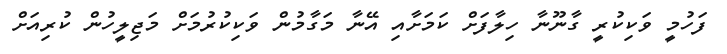
ފަހުމީ ވަކިކުރީ ގާނޫނާ ހިލާފަށް ކަމަށާއި އޭނާ މަގާމުން ވަކިކުރުމަށް މަޖިލީހުން ކުރިއަށް